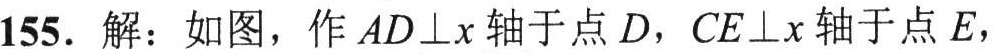
155. 解：如图，作 \(AD\perp x\) 轴于点 \(D\)，\(CE\perp x\) 轴于点 \(E\)，